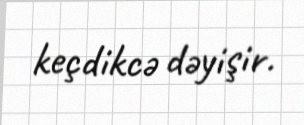
keçdikcə dəyişir.